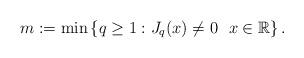
LaTeX: \begin{align*}m:=\min \left\{q\geq 1: J_q(x)\neq 0 \ \ x\in \mathbb{R}\right\}.\end{align*}